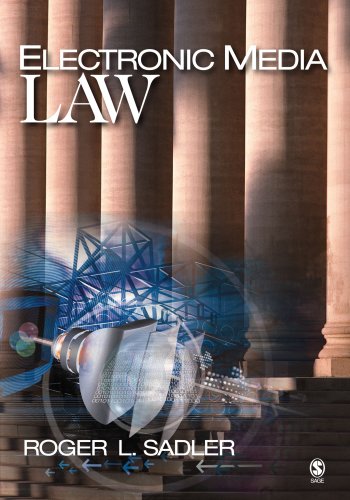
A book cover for Electronic Media Law; Roger L. Sadler; Law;